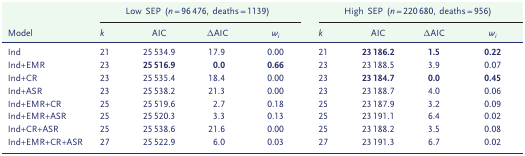
<table><thead><tr><td></td><td colspan="4"><b>Low SEP (<i>n</i> = 96 476, deaths = 1139)</b></td><td colspan="4"><b>High SEP (<i>n</i> = 220 680, deaths = 956)</b></td></tr><tr><td><b>Model</b></td><td><b><i>k</i></b></td><td><b>AIC</b></td><td><b>ΔAIC</b></td><td><b><i>w<sub>i</sub></i></b></td><td><b><i>k</i></b></td><td><b>AIC</b></td><td><b>ΔAIC</b></td><td><b><i>w<sub>i</sub></i></b></td></tr></thead><tbody><tr><td>Ind</td><td>21</td><td>25 534.9</td><td>17.9</td><td>0.00</td><td>21</td><td><b>23 186.2</b></td><td><b>1.5</b></td><td><b>0.22</b></td></tr><tr><td>Ind+EMR</td><td>23</td><td><b>25 516.9</b></td><td><b>0.0</b></td><td><b>0.66</b></td><td>23</td><td>23 188.5</td><td>3.9</td><td>0.07</td></tr><tr><td>Ind+CR</td><td>23</td><td>25 535.4</td><td>18.4</td><td>0.00</td><td>23</td><td><b>23 184.7</b></td><td><b>0.0</b></td><td><b>0.45</b></td></tr><tr><td>Ind+ASR</td><td>23</td><td>25 538.2</td><td>21.3</td><td>0.00</td><td>23</td><td>23 188.7</td><td>4.0</td><td>0.06</td></tr><tr><td>Ind+EMR+CR</td><td>25</td><td>25 519.6</td><td>2.7</td><td>0.18</td><td>25</td><td>23 187.9</td><td>3.2</td><td>0.09</td></tr><tr><td>Ind+EMR+ASR</td><td>25</td><td>25 520.3</td><td>3.3</td><td>0.13</td><td>25</td><td>23 191.1</td><td>6.4</td><td>0.02</td></tr><tr><td>Ind+CR+ASR</td><td>25</td><td>25 538.6</td><td>21.6</td><td>0.00</td><td>25</td><td>23 188.2</td><td>3.5</td><td>0.08</td></tr><tr><td>Ind+EMR+CR+ASR</td><td>27</td><td>25 522.9</td><td>6.0</td><td>0.03</td><td>27</td><td>23 191.3</td><td>6.7</td><td>0.02</td></tr></tbody></table>